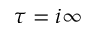
\tau = i \infty